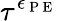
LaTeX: \tau^{\epsilon_{\mathrm{~P~E~}}}